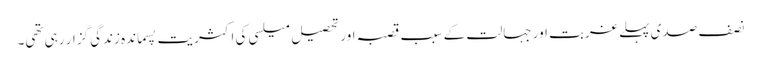
نصف صدی پہلے غربت اور جہالت کے سبب قصبہ اور تحصیل میلسی کی اکثریت پسماندہ زندگی گزار رہی تھی۔